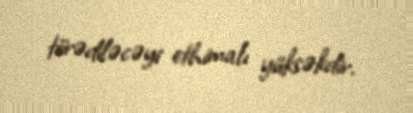
törədiləcəyi ethimalı yüksəkdir.